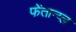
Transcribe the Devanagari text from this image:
फेंतान्य्ल